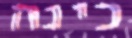
כינה